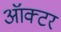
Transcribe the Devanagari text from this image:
ऑक्टर